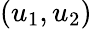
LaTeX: (u_{1},u_{2})